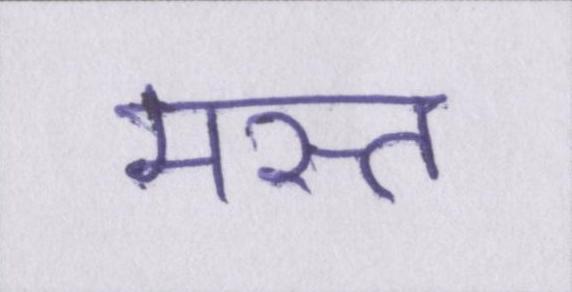
मस्त